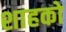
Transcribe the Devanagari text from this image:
शाहको